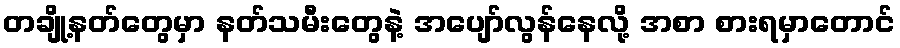
တချို့နတ်တွေမှာ နတ်သမီးတွေနဲ့ အပျော်လွန်နေလို့ အစာ စားရမှာတောင်